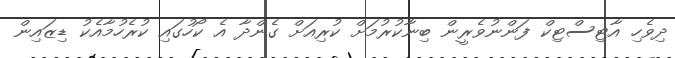
ދިވެހި އާޓިސްޓިކް ފަންނުވެރީން ބިނާކުރުމަށް ކުރިއަށް ގެންދާ އެ ކޯހުގައި ކުރެހުމާއެކު ޑިޒައިން